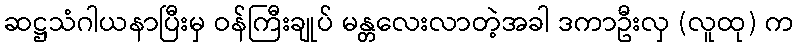
ဆဋ္ဌသံဂါယနာပြီးမှ ဝန်ကြီးချုပ် မန္တလေးလာတဲ့အခါ ဒကာဦးလှ (လူထု) က